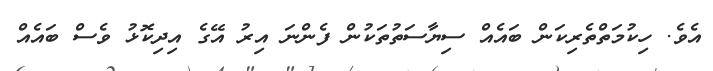
އެވެ. ހިކުމަތްތެރިކަން ބައެއް ސިޔާސަތުތަކުން ފެންނަ އިރު އޭގެ އިދިކޮޅު ވެސް ބައެއް